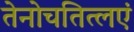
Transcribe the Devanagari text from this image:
तेनोचतित्लएं